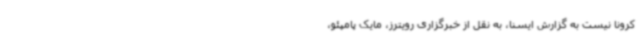
کرونا نیست به گزارش ایسنا، به نقل از خبرگزاری رویترز، مایک پامپئو،